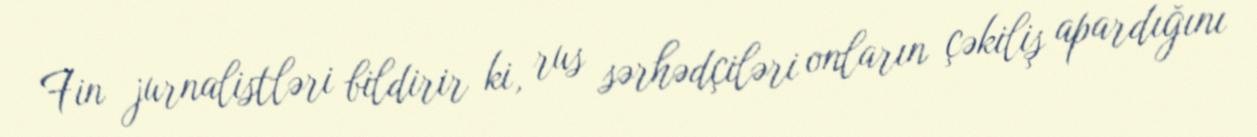
Fin jurnalistləri bildirir ki, rus sərhədçiləri onların çəkiliş apardığını